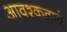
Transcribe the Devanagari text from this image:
आवश्कताएं